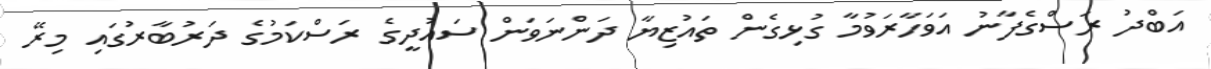
އަބްދު ރަސްގެފާނު އަވަހާރަވުމާ ގުޅިގެން ތައުޒިޔާ ދަންނަވަން ސައުދީގެ ރަސްކަމުގެ ދަރުބާރުގައި މިރޭ